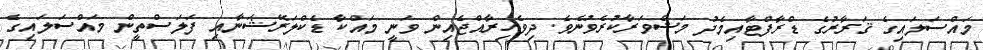
މައްސަލައިގެ ޤަރާރުގެ ޑްރާފްޓާއިމެދު މަޝްވަރާކުރެވުނެވެ. ދިވެހިރާއްޖެއިން ވަނީ މައްކާ ޑެކްލަރޭޝަނާއި ފަލަސްތީން މައްސަލައިގެ